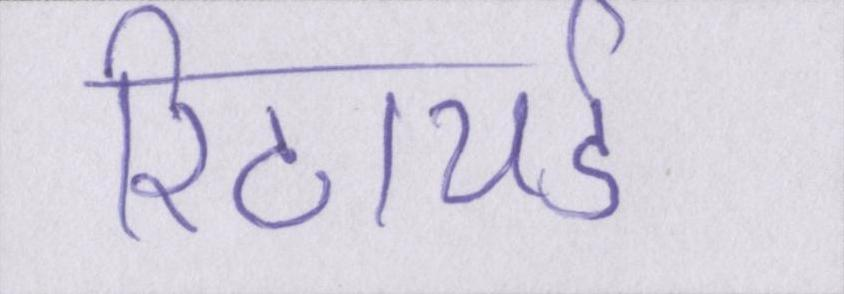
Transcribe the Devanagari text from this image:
रिटायर्ड